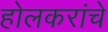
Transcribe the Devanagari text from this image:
होलकरांचे